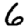
Digit: 6